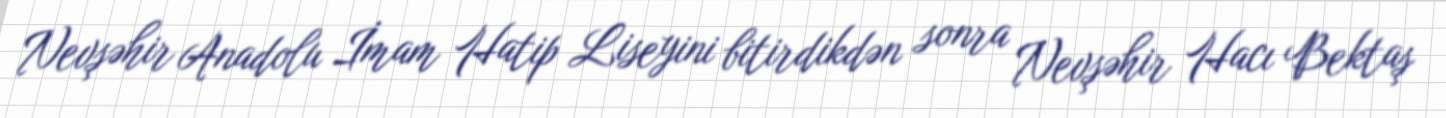
Nevşəhir Anadolu İmam Hatip Liseyini bitirdikdən sonra Nevşəhir Hacı Bektaş